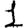
Digit: 1